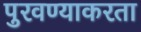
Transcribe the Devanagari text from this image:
पुरवण्याकरता